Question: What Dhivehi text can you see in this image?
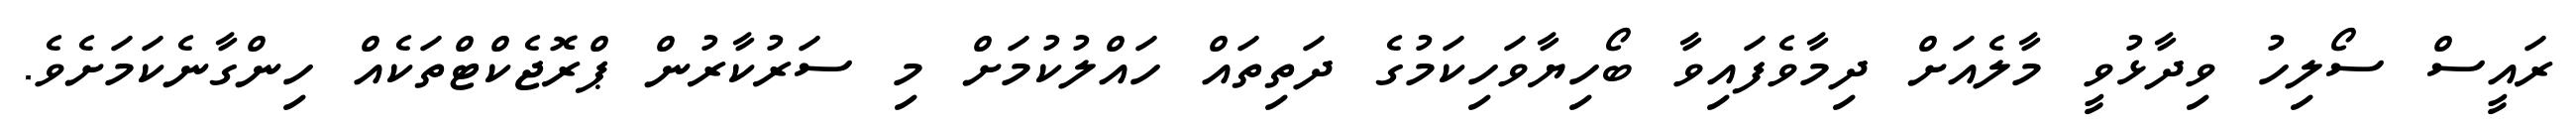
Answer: ރައީސް ސޯލިހު ވިދާޅުވީ މާލެއަށް ދިމާވެފައިވާ ބޯހިޔާވަހިކަމުގެ ދަތިތައް ހައްލުކުމަށް މި ސަރުކާރުން ޕްރޮޖެކްޓްތަކެއް ހިންގާނެކަމަށެވެ.